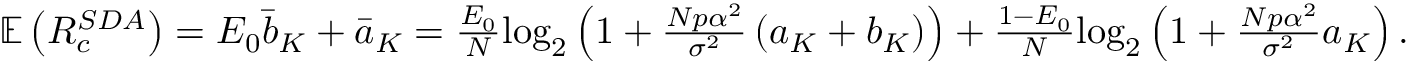
\begin{array} { r l } & { \mathbb { E } \left( R _ { c } ^ { S D A } \right) = E _ { 0 } \bar { b } _ { K } + \bar { a } _ { K } = \frac { E _ { 0 } } { N } \mathrm { l o g } _ { 2 } \left( 1 + \frac { N p \alpha ^ { 2 } } { \sigma ^ { 2 } } \left( a _ { K } + b _ { K } \right) \right) + \frac { 1 - E _ { 0 } } { N } \mathrm { l o g } _ { 2 } \left( 1 + \frac { N p \alpha ^ { 2 } } { \sigma ^ { 2 } } a _ { K } \right) . } \end{array}